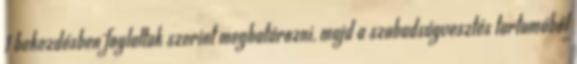
1 bekezdésben foglaltak szerint meghatározni, majd a szabadságvesztés tartamából